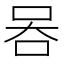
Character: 𠱑